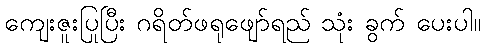
ကျေးဇူးပြုပြီး ဂရိတ်ဖရုဖျော်ရည် သုံး ခွက် ပေးပါ။